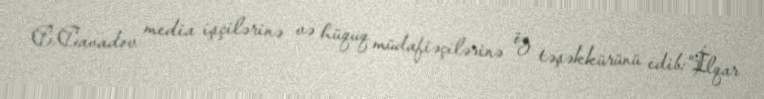
C.Cavadov media işçilərinə və hüquq müdafiəçilərinə öz təşəkkürünü edib:“İlqar